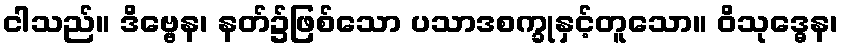
ငါသည်။ ဒိဗ္ဗေန၊ နတ်၌ဖြစ်သော ပသာဒစက္ခုနှင့်တူသော။ ဝိသုဒ္ဓေန၊